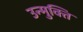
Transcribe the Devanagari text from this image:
उन्मुक्‍ति